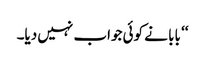
‘‘ بابا نے کوئی جواب نہیں دیا۔